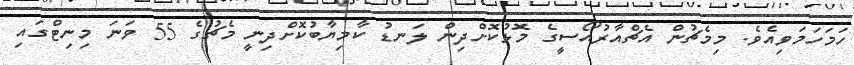
ހަމަހަމަވިއެވެ. މިމެޗުން އެޗްއާރުއޯސީގެ މޮޅުކޮށްދިން ލަނޑު ކާމިޔާބުކޮށްދިނީ މެޗުގެ 55 ވަނަ މިނިޓްގައި